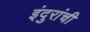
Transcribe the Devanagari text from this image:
इंदुरांची